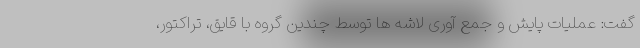
گفت: عملیات پایش و جمع آوری لاشه ها توسط چندین گروه با قایق، تراکتور،